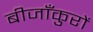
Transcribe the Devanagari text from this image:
बीजाँकुरों